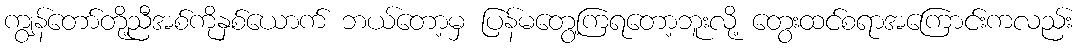
ကျွန်တော်တို့ညီအစ်ကိုနှစ်ယောက် ဘယ်တော့မှ ပြန်မတွေ့ကြရတော့ဘူးလို့ တွေးထင်စရာအကြောင်းကလည်း